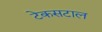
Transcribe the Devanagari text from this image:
टेकसटाल